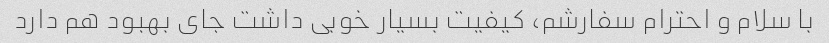
با سلام و احترام سفارشم، کیفیت بسیار خوبی داشت جای بهبود هم دارد